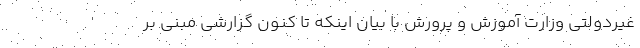
غیردولتی وزارت آموزش و پرورش با بیان اینکه تا کنون گزارشی مبنی بر